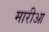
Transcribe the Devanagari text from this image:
मारीआ